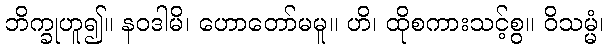
ဘိက္ခုဟူ၍။ နဝဒါမိ၊ ဟောတော်မမူ။ ဟိ၊ ထိုစကားသင့်စွ။ ဝိသမ္မံ၊